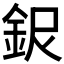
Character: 𲇉